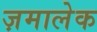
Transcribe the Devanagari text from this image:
ज़मालेक